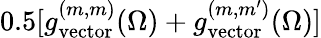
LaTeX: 0.5[g_{\mathrm{vector}}^{(m,m)}(\Omega)+g_{\mathrm{vector}}^{(m,m^{\prime})}(\Omega)]